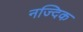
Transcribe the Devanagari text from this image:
नज्दिक